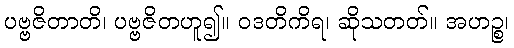
ပဗ္ဗဇိတာတိ၊ ပဗ္ဗဇိတဟူ၍။ ဝဒတိကိရ၊ ဆိုသတတ်။ အဟဉ္စ၊